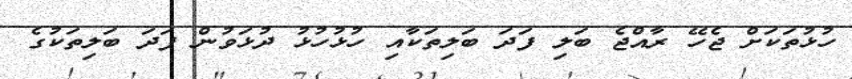
ހުޅުތަކަށް ޖެހޭ ރާއްޖެ ބަލި ފަދަ ބަލިތަކާއި ހުޅުހުޅު ދުޅަވުން ފަދަ ބަލިތަކުގެ